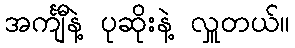
အင်္ကျီနဲ့ ပုဆိုးနဲ့ လှူတယ်။